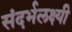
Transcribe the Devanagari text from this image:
संदर्भलक्ष्यी